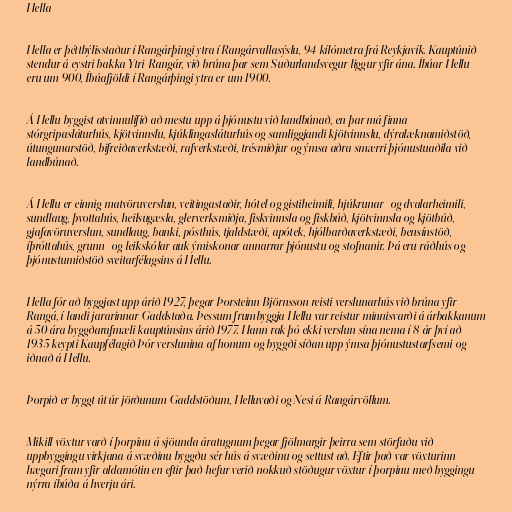
Hella

Hella er þéttbýlisstaður í Rangárþingi ytra í Rangárvallasýslu, 94 kílómetra frá Reykjavík. Kauptúnið
stendur á eystri bakka Ytri-Rangár, við brúna þar sem Suðurlandsvegur liggur yfir ána. Íbúar Hellu
eru um 900, Íbúafjöldi í Rangárþingi ytra er um 1900.

Á Hellu byggist atvinnulífið að mestu upp á þjónustu við landbúnað, en þar má finna
stórgripasláturhús, kjötvinnslu, kjúklingasláturhús og samliggjandi kjötvinnslu, dýralæknamiðstöð,
útungunarstöð, bifreiðaverkstæði, rafverkstæði, trésmiðjur og ýmsa aðra smærri þjónustuaðila við
landbúnað.

Á Hellu er einnig matvöruverslun, veitingastaðir, hótel og gistiheimili, hjúkrunar- og dvalarheimili,
sundlaug, þvottahús, heilsugæsla, glerverksmiðja, fiskvinnsla og fiskbúð, kjötvinnsla og kjötbúð,
gjafavöruverslun, sundlaug, banki, pósthús, tjaldstæði, apótek, hjólbarðaverkstæði, bensínstöð,
íþróttahús, grunn- og leikskólar auk ýmiskonar annarrar þjónustu og stofnanir. Þá eru ráðhús og
þjónustumiðstöð sveitarfélagsins á Hellu.

Hella fór að byggjast upp árið 1927, þegar Þorsteinn Björnsson reisti verslunarhús við brúna yfir
Rangá, í landi jararinnar Gaddstaða. Þessum frumbyggja Hellu var reistur minnisvarði á árbakkanum
á 50 ára byggðarafmæli kauptúnsins árið 1977. Hann rak þó ekki verslun sína nema í 8 ár því að
1935 keypti Kaupfélagið Þór verslunina af honum og byggði síðan upp ýmsa þjónustustarfsemi og
iðnað á Hellu.

Þorpið er byggt út úr jörðunum Gaddstöðum, Helluvaði og Nesi á Rangárvöllum.

Mikill vöxtur varð í þorpinu á sjöunda áratugnum þegar fjölmargir þeirra sem störfuðu við
uppbyggingu virkjana á svæðinu byggðu sér hús á svæðinu og settust að. Eftir það var vöxturinn
hægari fram yfir aldamótin en eftir það hefur verið nokkuð stöðugur vöxtur í þorpinu með byggingu
nýrra íbúða á hverju ári.